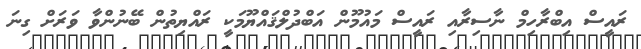
ރައީސް އިބްރާހިމް ނާސިރާއި ރައީސް މައުމޫން އަބްދުލްްޤައްޔޫމަކީ ރައްޔިތުން ބޭނުންވާ ވަރަށް ގިނަ